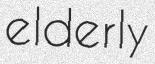
elderly